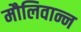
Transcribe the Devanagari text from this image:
मौलिवान्न